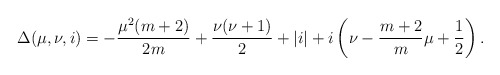
\begin{align*} \Delta(\mu, \nu, i) &= -\frac{\mu^2(m+2)}{2m} +\frac{\nu(\nu+1)}{2} + |i| + i \left( \nu - \frac{m+2}{m} \mu +\frac{1}{2} \right). \end{align*}